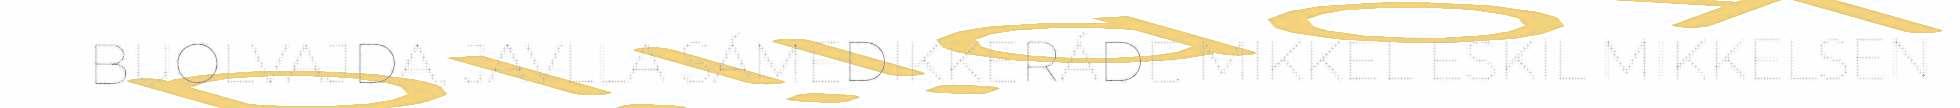
BUOLVAJDA, JAVLLA SÁMEDIKKERÁDE MIKKEL ESKIL MIKKELSEN